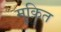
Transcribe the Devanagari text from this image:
मुक़ित